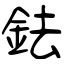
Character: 鉣